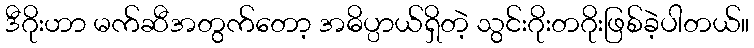
ဒီဂိုးဟာ မက်ဆီအတွက်တော့ အဓိပ္ပာယ်ရှိတဲ့ သွင်းဂိုးတဂိုးဖြစ်ခဲ့ပါတယ်။